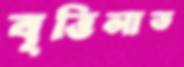
বৃত্তিলাভ